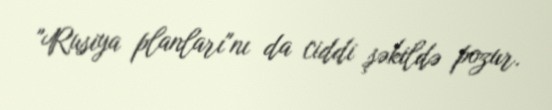
"Rusiya planları"nı da ciddi şəkildə pozur.